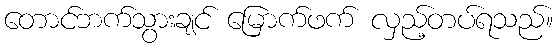
တောင်ဘက်သွားချင် မြောက်ဖက် လှည့်တပ်ရသည်။